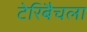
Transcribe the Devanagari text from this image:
टेरिबैचला